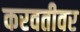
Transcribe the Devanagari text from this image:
करवतीवर